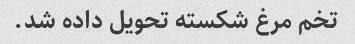
تخم مرغ شکسته تحویل داده شد.